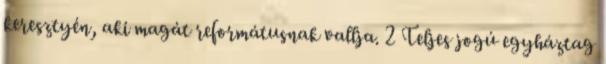
keresztyén, aki magát reformátusnak vallja. 2 Teljes jogú egyháztag